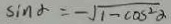
\sin \alpha = - \sqrt { 1 - \cos ^ { 2 } \alpha }